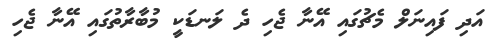
އަދި ފައިނަލް މެޗުގައި އޭނާ ޖެހި ދެ ލަނޑަކީ މުބާރާތުގައި އޭނާ ޖެހި